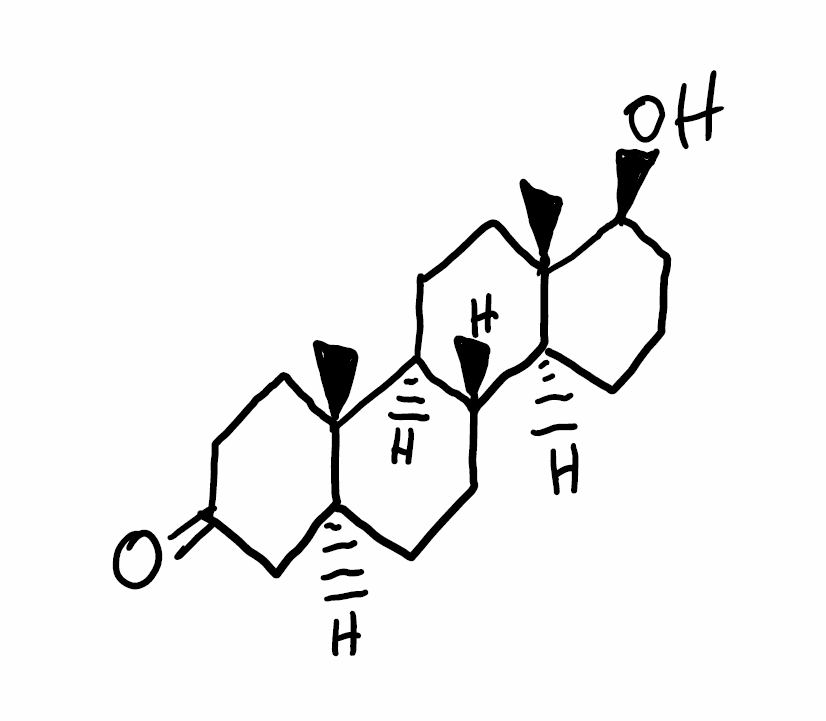
Simplified molecular-input line-entry system (SMILES) notation of the given molecule:
C[C@]12CCC(=O)C[C@@H]1CC[C@@H]3[C@@H]2CC[C@]4([C@H]3CC[C@@H]4O)C